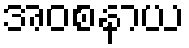
အဝစနာယ